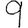
Digit: 9